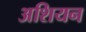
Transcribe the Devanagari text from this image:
अशियन